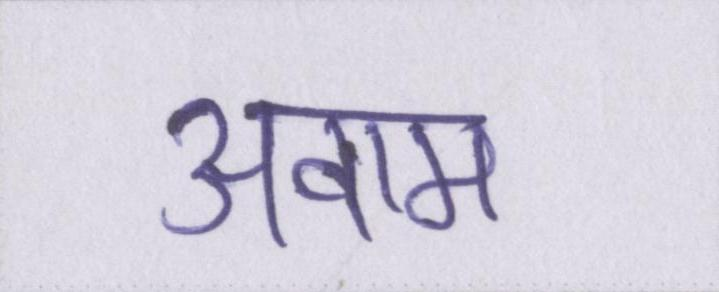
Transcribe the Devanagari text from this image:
अवाम